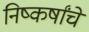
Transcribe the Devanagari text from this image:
निष्कर्षांचे